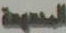
المحمية